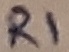
Text: R1